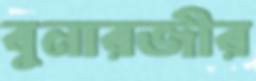
বুনারজীর